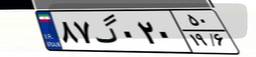
۲۵گ۱۳۰۹۰